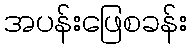
အပန်းဖြေစခန်း